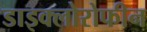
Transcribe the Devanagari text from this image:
डाइक्लोरोफीन